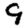
Digit: 9